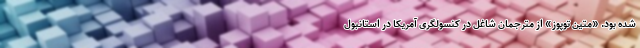
شده بود. «متین توپوز» از مترجمان شاغل در کنسولگری آمریکا در استانبول